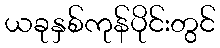
ယခုနှစ်ကုန်ပိုင်းတွင်